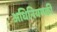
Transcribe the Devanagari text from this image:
अधिनियमकी